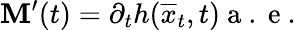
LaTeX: \mathbf{M}^{\prime}(t)=\partial_{t}h(\overline{{{x}}}_{t},t)\mathrm{{~a~.~e~.~}}